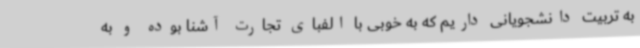
به تربیت دانشجویانی داریم که به خوبی با الفبای تجارت آشنا بوده و به